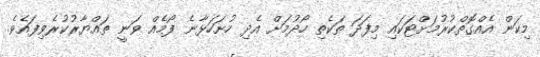
މިކަން އެއްގޮތްކުރުމަށްޓަކައި މިފަދަ ތަކެތި ހޯދުމަށް އެދި ހުށަހަޅާނެ ފޯމެއް ވަނީ ތައްޔާރުކުރެވިފައެވެ.